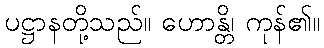
ပဋ္ဌာနတို့သည်။ ဟောန္တိ၊ ကုန်၏။